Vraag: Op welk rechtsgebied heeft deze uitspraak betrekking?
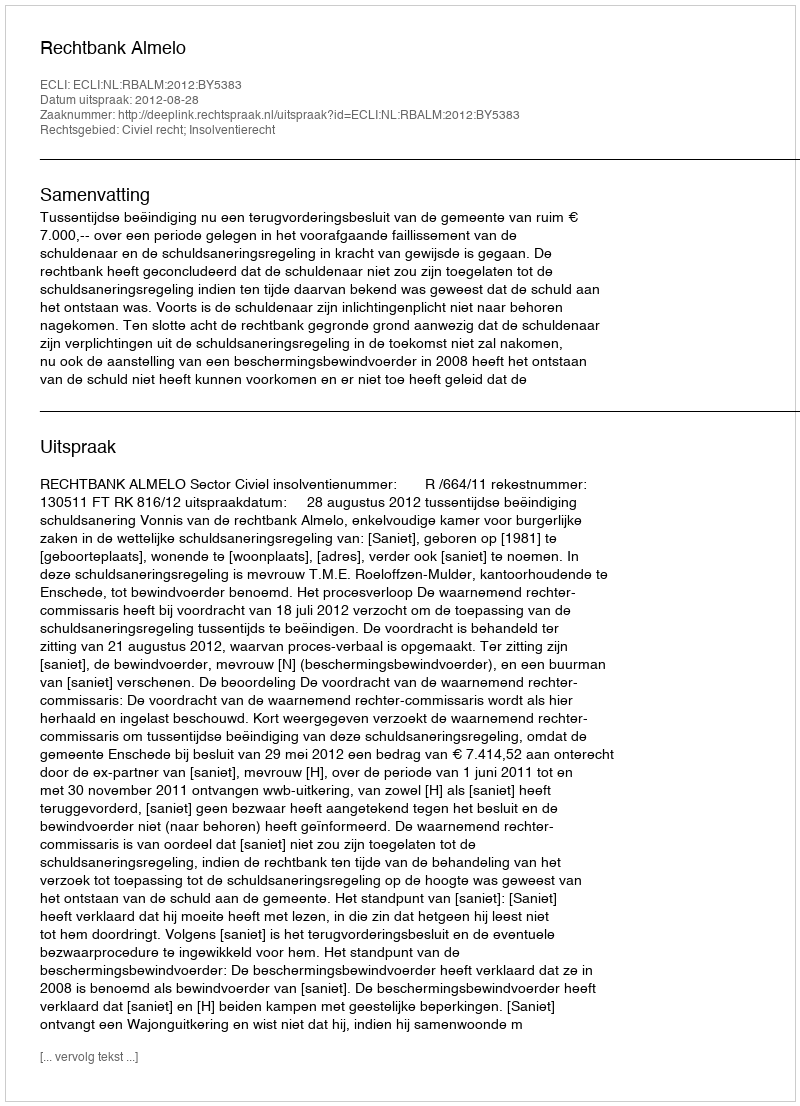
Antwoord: Civiel recht; Insolventierecht